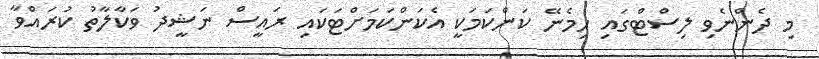
މި ދެންނެވި ލިސްޓްގައި ހިމެނޭ ކަންކަމަކީ އެކަންކަމަށްޓަކައި ރައީސް ނަޝީދު ވަކާލާތު ކުރައްވާ